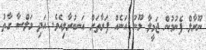
ނޫރާލް ފެނުމުން ޖަމީލާ މޫނު އަނެއް ފަރާތަށް އަނބުރާލިއެވެ. އަދި މަލްސާ ގާތު